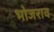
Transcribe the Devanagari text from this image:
भोजराव